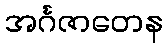
အင်္ဂဇာတေန